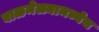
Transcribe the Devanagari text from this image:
बाळमेळ्यामध्येच